Vaccination report Assam 1896-1927 - 1896-1927
Year: 1896
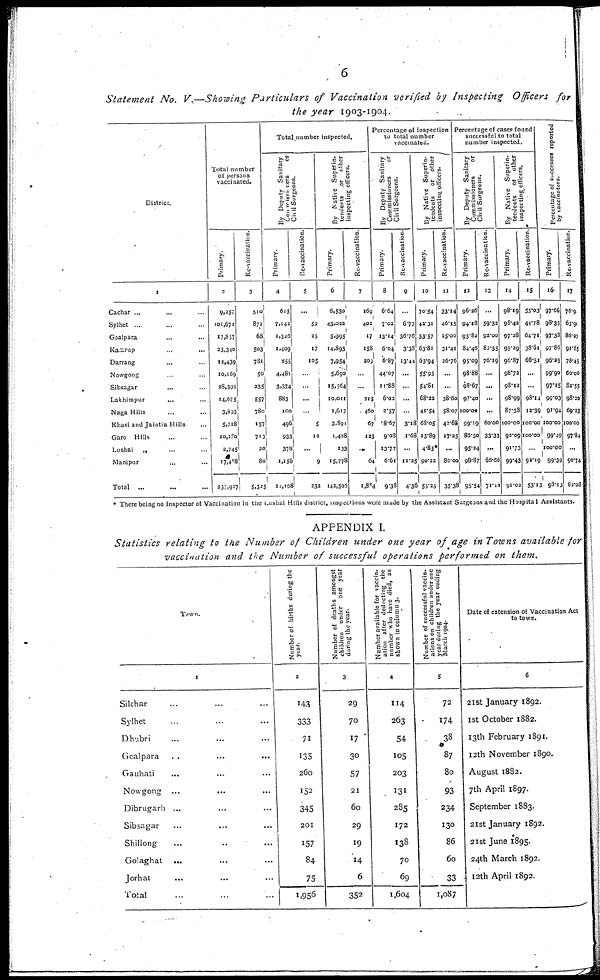
6
Statement No. V.—Showing Particulars of Vaccination verified by Inspecting Officers for
the year 1903-1904.
District.
1
Cachar ... ...
Sylhet ... ...
Goalpara ... ...
Kamrup ... ...
Darrang ... ...
Nowgong ... ...
Sibsagar ... ...
Lakhimpur
...
...
Naga Hills ... ...
Khasi and Jaintia Hills ...
Garo Hills ... ...
Lushai
„ ... ...
Manipur ... ...
Total
... ...
Total number
of persons
vaccinated.
Primary.
2
9,257
101,671
17,857
23,340
12,439
10,169
28,395
14,675
3,893
5,718
10,280
2,745
17,408
257,917
Re-vaccination.
3
510
871
68
503
781
50
235
557
780
157
713
20
80
5,325
Total number inspected.
By Deputy Sanitary
Commissioners
or
Civil Surgeons.
Primary.
4
615
7,142
2,346
1,409
855
4,481
3,374
883
100
496
933
378
1,156
21,168
Re-vaccination.
5
...
59
25
17
105
...
...
...
...
5
12
...
9
232
By Native Superin-
tendents or other
inspecting officers..
Primary.
6
6,530
43,022
5,995
14,893
7,954
5,690
15,564
10,011
1,617
3,891
1,428
133
15,778
142,506
Re-vaccination
7
169
402
17
158
209
...
...
215
460
67
123
...
64
1,804
Percentage of inspection
to total number
vaccinated.
By Deputy Sanitary
Commissioners
or
Civil Surgeons.
Pr i
mar y.
8
6.64
7.02
13.14
6.04
6.87
44.07
11.88
6.03
2.57
8.67
9.08
13.77
6.61
9.38
Re-vaccination.
9
...
6.77
36.76
3.38
13.44
...
...
...
...
3.18
1.68
...
11.25
4.36
By Native Superin-
tendents or other
inspection officers.
Primary.
10
70.54
42.31
33.57
63.81
63.94
55.95
54.81
68.22
41.54
68.05
13.89
4.85*
90.22
55.25
Re-vaccination.
11
33.14
46.15
25.00
31.41
26.76
...
...
38.60
58.07
42.68
17.25
...
80.00
35.38
Percentage of cases found
successful to total
number inspected.
By Deputy Sanitary
Commissioners
or
Civil Surgeons.
Primary.
12
96.26
94.18
95.82
84.46
95.09
98.88
98.67
97.40
100.00
99.19
86.50
95.24
98.87
95.54
Re-vaccination
13
...
59.32
92.00
82.35
76.19
...
...
...
...
60.00
33.33
...
66.66
71.00
By Native Superin-
terdents or other
inspecting officers.
Primary.
14
98.19
98.42
97.28
95.29
96.87
98.72
98.12
98.99
87.38
100.00
92.09
91.73
99.43
91.02
Re-vaccination.
15
55.03
44.78
64.71
38.61
66.51
...
...
98.14
12.39
100.00
100.00
...
92.19
53.13
Percentage of successes reported
by vaccinators.
Pr i
mar y.
16
97.66
98.35
97.38
97.86
96.25
99.90
97.15
99.03
91.94
100.00
99.49
100.00
99.39
98.13
Re-vaccination.
17
76.9
63.90
86.27
91.85
78.45
60.00
82.55
98.20
69.23
100.00
97.84
...
90.74
82.08
* There being no Inspector of Vaccination in the Lushai Hills district, inspections were made by the Assistant Surgeons and the Hospita1 Assistants.
APPENDIX I.
Statistics relating to the Number of Children under one year of age in Towns available for
vaccination and the Number of successful operations performed on them.
Town.
1
Silchar ... ... ...
Sylhet ... ... ...
Dhubri ... ... ...
Goalpara
...
...
...
Gauhati ... ... ...
Nowgong
...
...
...
Dibrugarh ... ... ...
Sibsagar ... ... ...
Shillong ... ... ...
Golaghat ... ... ...
Jorhat ... ... ...
Total ... ... ...
Number of births during the
year
2
143
333
71
135
260
152
345
201
157
84
75
1,956
Number of deaths amongst
children under one year
during the year.
3
29
70
17
30
57
21
60
29
19
14
6
352
Number available for vaccin-
ation after deducting the
number who have died, as
shown in column 3.
4
114
263
54
105
203
131
285
172
138
70
69
1,604
Number of successful vaccin-
ationson children under one
year during the year ending
March 1904.
5
72
174
38
87
80
93
234
130
86
60
33
1,087
Date of extension of Vaccination Act
to town.
6
21st January 1892.
1st October 1882.
13th February 1891.
12th November 1890.
August 1882.
7th April 1897.
September 1883.
21st January 1892.
21st June 1895.
24th March 1892.
12th April 1892.